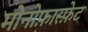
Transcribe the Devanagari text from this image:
मोनोफ़ास्फ़ेट